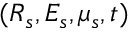
( \boldsymbol { R } _ { s } , E _ { s } , \mu _ { s } , t )